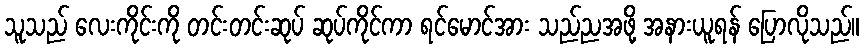
သူသည် လေးကိုင်းကို တင်းတင်းဆုပ် ဆုပ်ကိုင်ကာ ရင်မောင်အား သည်ညအဖို့ အနားယူရန် ပြောလိုသည်။